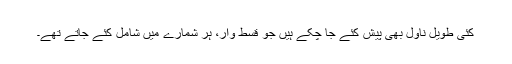
کئی طویل ناول بھی پیش کئے جا چکے ہیں جو قسط وار، ہر شمارے میں شامل کئے جاتے تھے۔